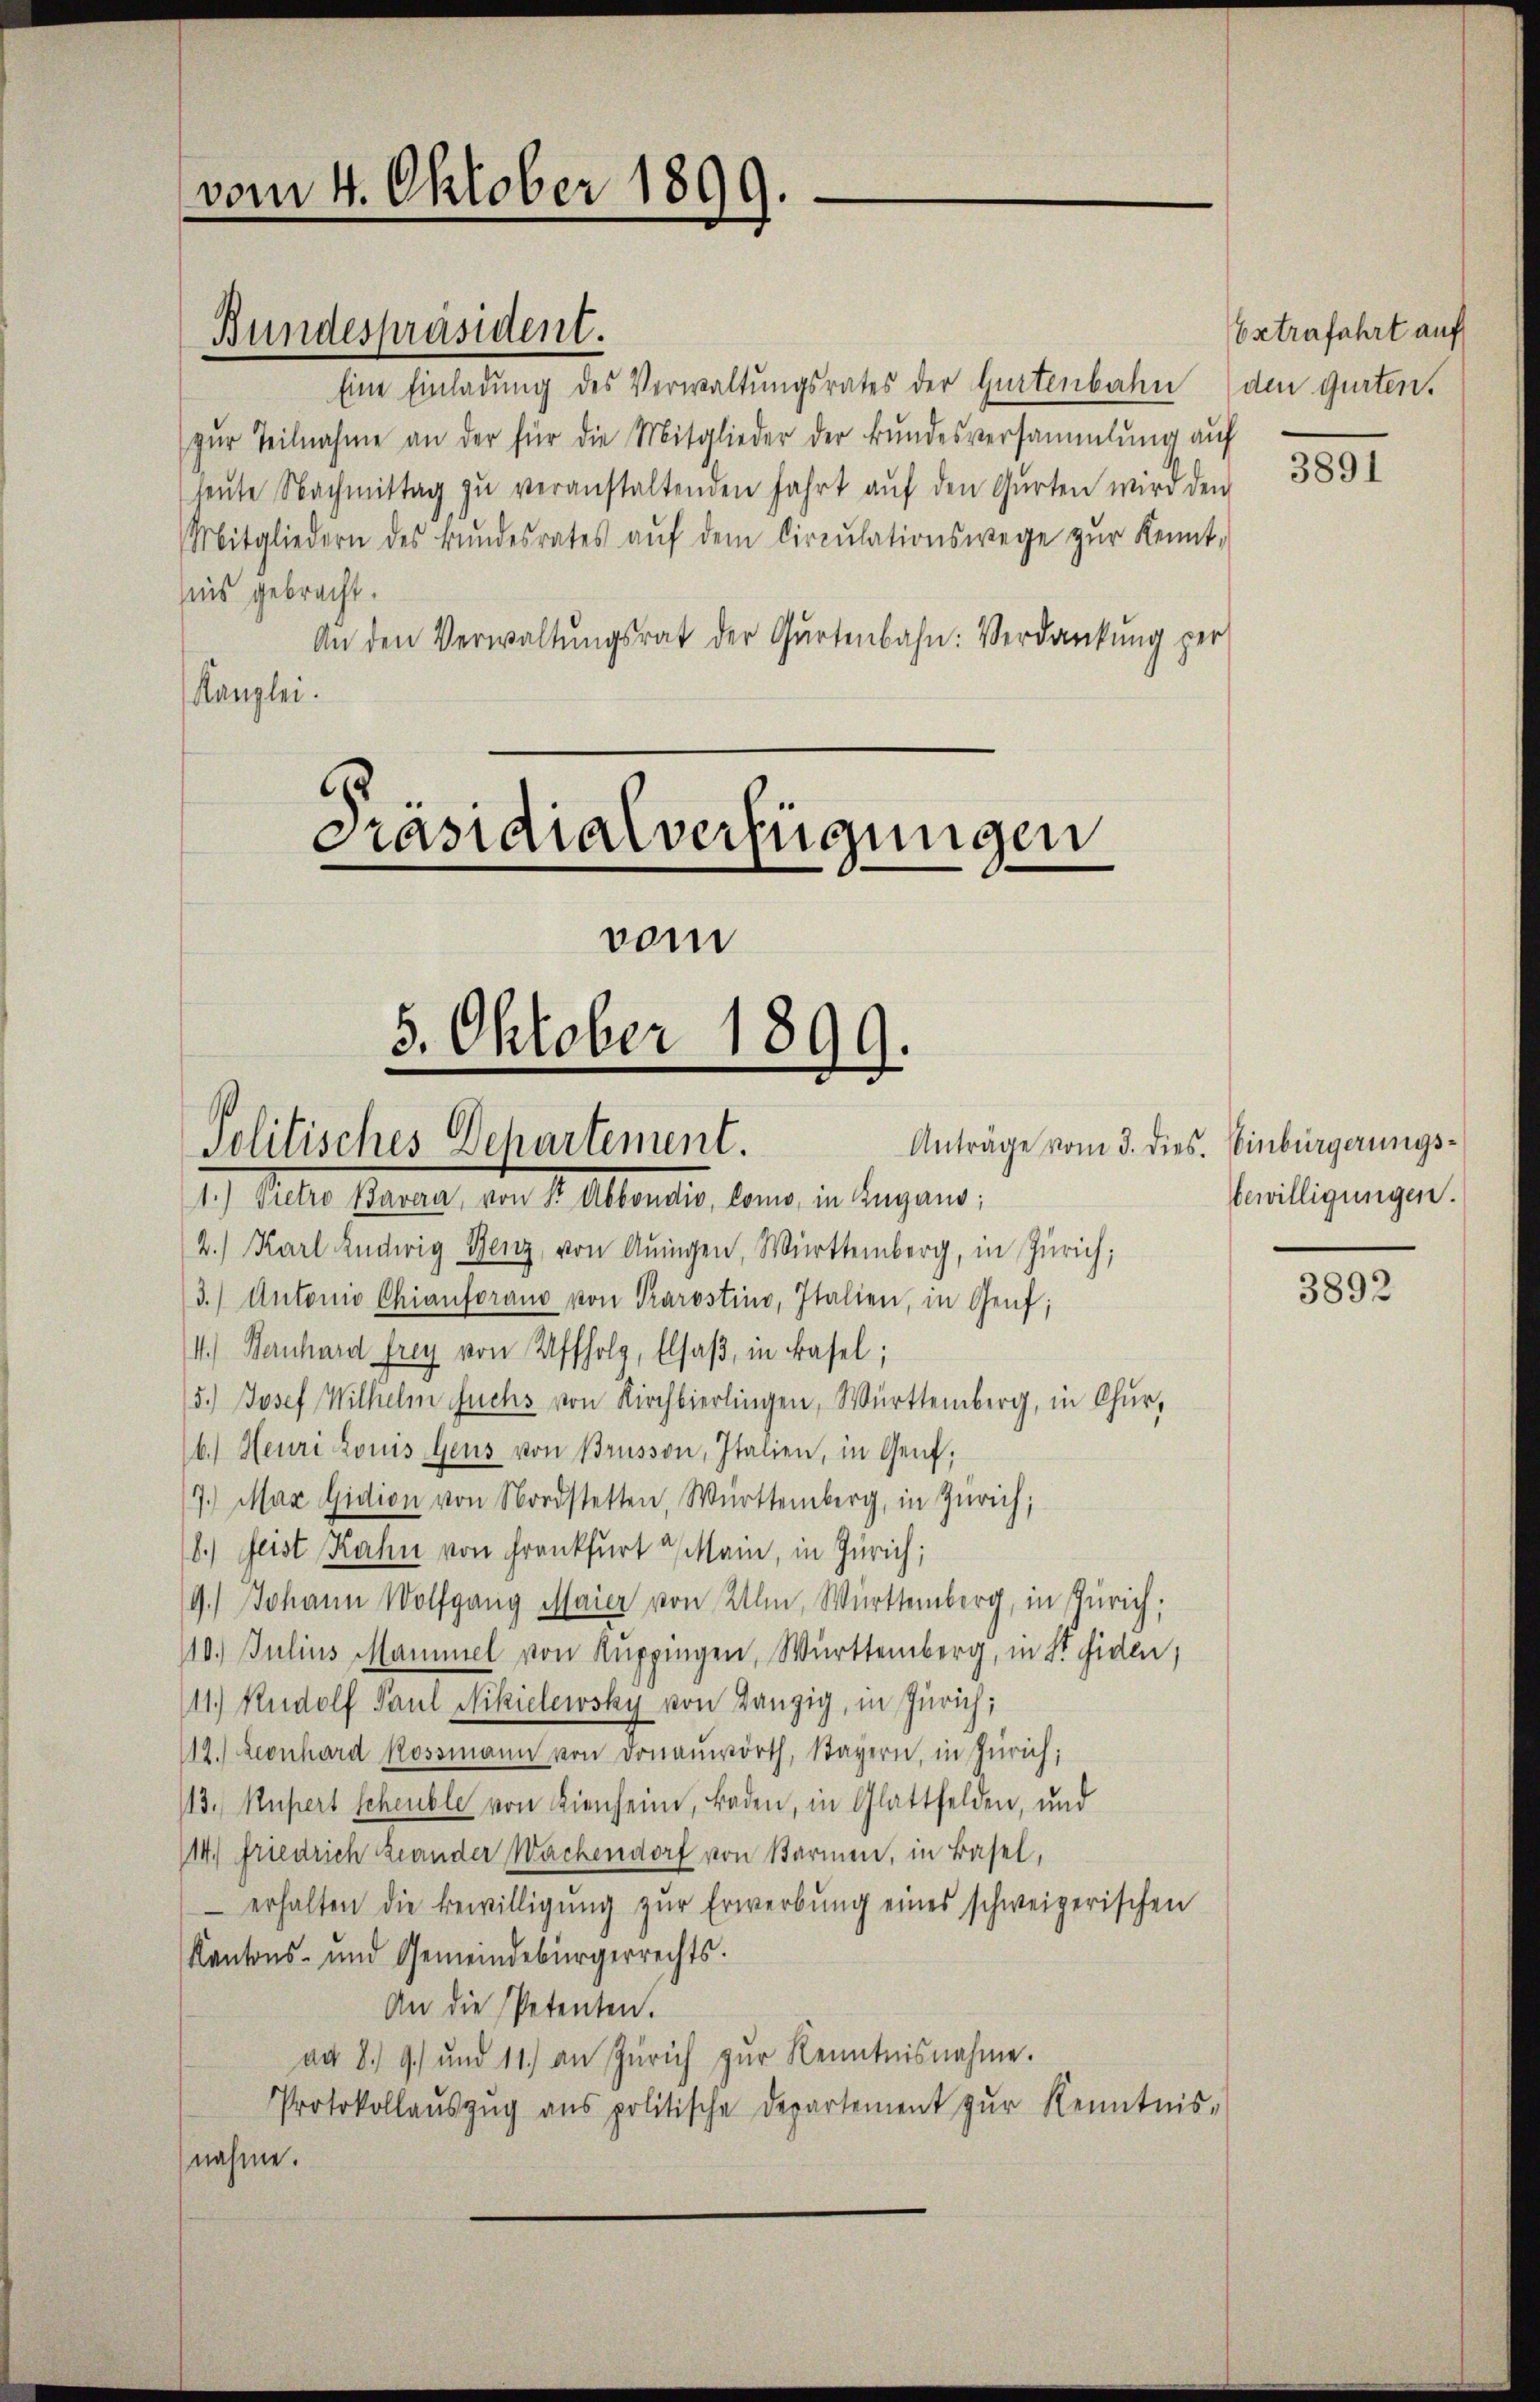
vom 4. Oktober 1899.

Bundespräsident.

Eine Einladung des Verwaltungsrates der Gurtenbahn den Gurten.
zŭr Teilnahme an der für die Mitglieder der Bŭndesversammlung aŭf
leŭte Nachmittag zŭ veranstaltenden Fahrt aŭf den Gurten wird den
Mitgliedern des Bŭndesrates aŭf dem Circŭlationswege zŭr Kennt-
sius gebracht.
An den Verwaltŭngsrat der Gartenbahn: Verdankung per
Kanzlei.

Präsidialverfügungen
vom
5. Oktober 1899.
Politisches Dehartement.
1.) Dietro Bavera, von St. Abbondio, Como in Zugano;

2.) Karl Ludwig Benz, von Aningen, Württemberg, in Zürich;
3.) Antonio Chianforand von Prarostino, Italien, in Genf;
4.) Hernhard frey von Affholz, Elsaß, in Basel;
5.) Josef Wilhelm Fuchs von Kirchbierlingen, Württemberg, in Chur,
6.) Heuri Louis Gens von Brüsson, Italien, in Genf,
7.) Max Gidion von Nordstetten, Württemberg, in Zürich,
8.) Geist Rahn von Frankfurt Main, in Zürich;
9.) Johann Wolfgang Maier von Ulm, Württemberg, in Zürich;
10. Julius Mammel von Kuppingen, Württemberg, in St. Fiden,
11.) Rudolf Paul Nikielewsky von Tanzig, in Zürich;
112. Leonhard Rossmann von Donauwörth, Sagern, in Zürich;
113.) Außert scheuble von Kienheim, Baden, in Glattfelden, und
14.) Friedrich Lander Wachendorf von Starmen, in Basel,
 erhalten die Bewilligŭng zŭr Erwerbŭng eines schweizerischen
Kantons- und Gemeindebürgerrechts.
An die Petenten.
ad 8. 9. und 11. an Zürich zŭr Kenntnisnahme.
Protokollaŭszŭg ans politische Departement zŭr Kenntnis-
nahme.

Estrafahrt auf

3891

Anträge vom 3. dies. Einbürgerungsbewilligungen.

3892